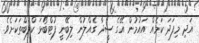
އަދި މިފަދަ ކަމެއް އައުމުން އޭގެ ސީދާ ގެއްލުން ލިބޭނީ ފުޓްބޯޅަ ކްލަބްތަކަށެވެ.